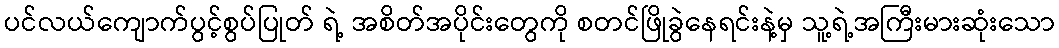
ပင်လယ်ကျောက်ပွင့်စွပ်ပြုတ် ရဲ့ အစိတ်အပိုင်းတွေကို စတင်ဖြိုခွဲနေရင်းနဲ့မှ သူ့ရဲ့အကြီးမားဆုံးသော